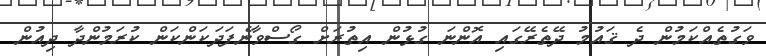
ވަގުތެއްކަމުން ދެ ޤައުމު ދޭތެރޭގައި އޮންނަ ގުޅުން އިތުރަށް ގޯސްވާނެފަދަކަންކަން ކުރަމުންދާ ދިއުން